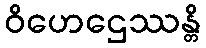
ဝိဟေဌေဿန္တိ